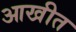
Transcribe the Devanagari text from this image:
आखीत